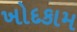
ખોદકામ